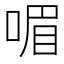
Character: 𠷯